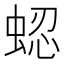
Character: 𬠍